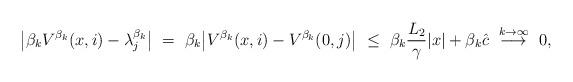
LaTeX: \begin{align*}\big|\beta_k V^{\beta_k}(x,i) - \lambda_j^{\beta_k}\big| \ = \ \beta_k\big|V^{\beta_k}(x,i) - V^{\beta_k}(0,j)\big| \ \leq \ \beta_k\frac{L_2}{\gamma}|x| + \beta_k\hat c \ \overset{k\rightarrow\infty}{\longrightarrow} \ 0,\end{align*}